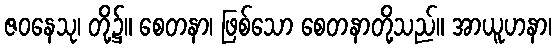
ဇဝနေသု၊ တို့၌။ စေတနာ၊ ဖြစ်သော စေတနာတို့သည်။ အာယူဟနာ၊